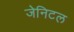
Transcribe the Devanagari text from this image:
जेनिटल